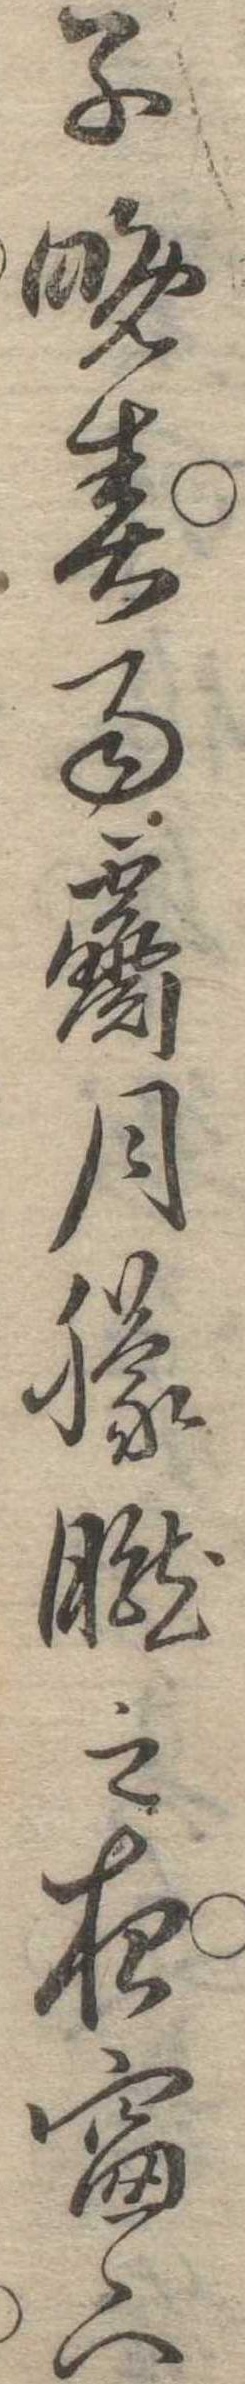
子晩春雨霽月朦朧之夜窓下